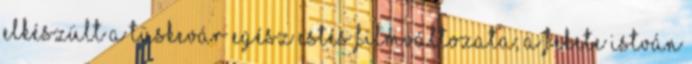
Elkészült a Tüskevár egész estés filmváltozata; a Fekete István